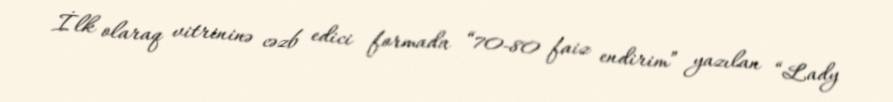
İlk olaraq vitrininə cəzb edici formada “70-80 faiz endirim” yazılan “Lady